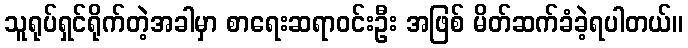
သူရုပ်ရှင်ရိုက်တဲ့အခါမှာ စာရေးဆရာဝင်းဦး အဖြစ် မိတ်ဆက်ခံခဲ့ရပါတယ်။